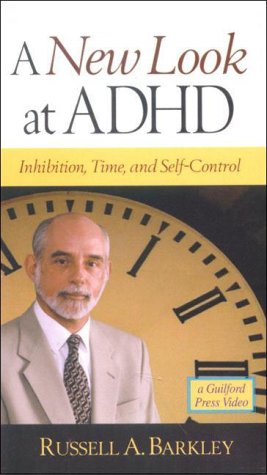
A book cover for A NEW Look At Adhd; Inhibition, Time and Self-control; Russell A. Barkley; Health, Fitness & Dieting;